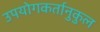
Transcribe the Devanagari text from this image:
उपयोगकर्तानुकुल